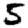
Digit: 5